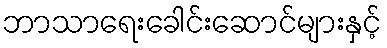
ဘာသာရေးခေါင်းဆောင်များနှင့်